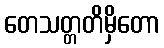
တေသတ္တတိမှိတော